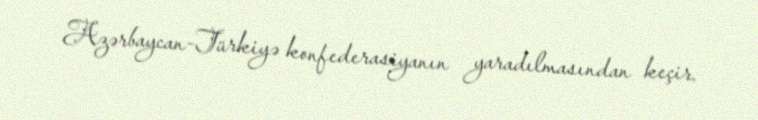
Azərbaycan-Türkiyə konfederasiyanın yaradılmasından keçir.